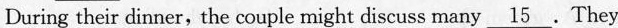
During their dinner, the couple might discuss many \underline{15}. They